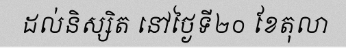
ដល់និស្សិត នៅថ្ងៃទី២០ ខែតុលា